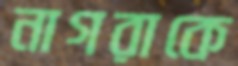
নাগরাকে